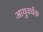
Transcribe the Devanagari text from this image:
आयुवर्धक